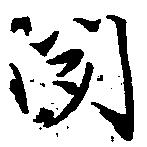
聞